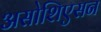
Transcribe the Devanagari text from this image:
असोशिएसन